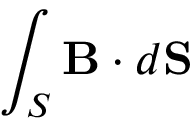
\int _ { S } { \bf B } \cdot d { \bf S }